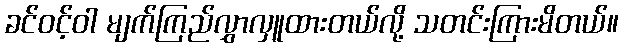
ခင်ဝင့်ဝါ မျက်ကြည်လွှာလှူထားတယ်လို့ သတင်းကြားမိတယ်။